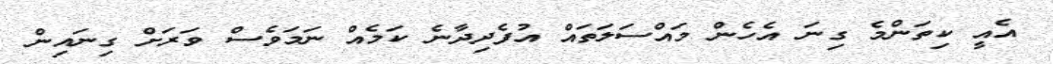
އެއީ ކިތަންމެ ގިނަ އެހެން މައްސަލަތައް އުފެދިދާނެ ކަމެއް ނަމަވެސް ވަރަށް ގިނައިން